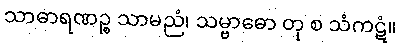
သာဓာရဏဉ္စ သာမညံ၊ သမ္ဗာဓော တု စ သံကဋံ။